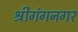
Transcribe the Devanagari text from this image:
श्रीगंगनगर